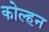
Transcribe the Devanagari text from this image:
कोल्हन